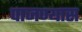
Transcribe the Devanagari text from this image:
पाजण्यास